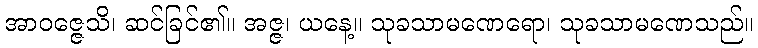
အာဝဇ္ဇေသိ၊ ဆင်ခြင်၏။ အဇ္ဇ၊ ယနေ့။ သုခသာမဏေရော၊ သုခသာမဏေသည်။